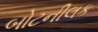
બોટનીલક